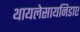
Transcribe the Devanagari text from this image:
थायलेसायनिडाए